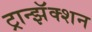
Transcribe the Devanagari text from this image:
ट्रान्झॅक्शन